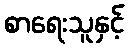
စာရေးသူနှင့်